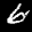
Label: 6